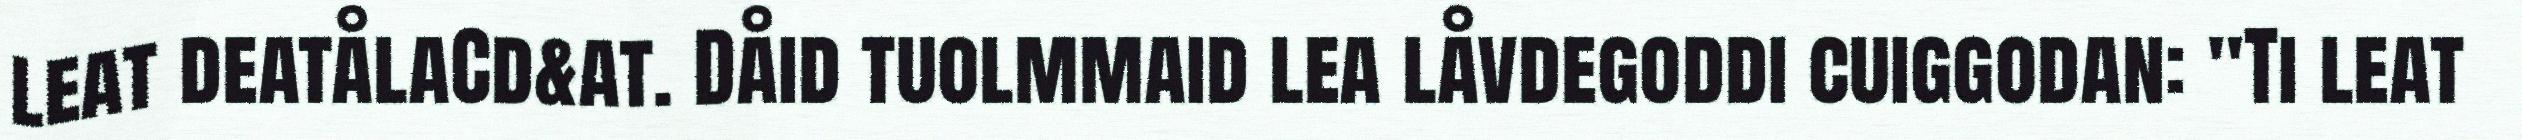
leat deatålaCd&at. Dåid tuolmmaid lea låvdegoddi cuiggodan: "Ti leat